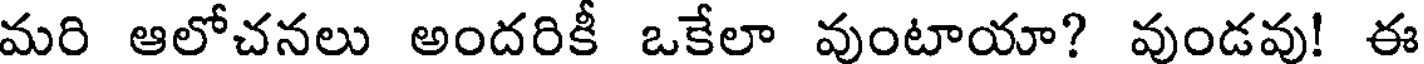
మరి ఆలోచనలు అందరికీ ఒకేలా వుంటాయా? వుండవు! ఈ